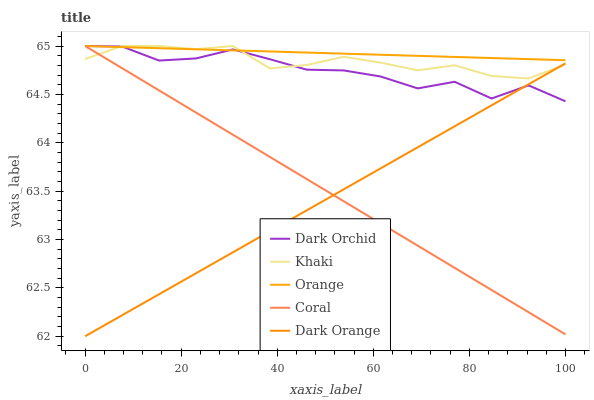
| xaxis_label | Dark Orchid | Khaki | Orange | Coral | Dark Orange |
 | --- | --- | --- | --- | --- | --- |
 | 0 | 65 | 64.9 | 65 | 65 | 62 |
 | 7.69 | 65 | 65 | 65 | 64.8 | 62.2 |
 | 15.4 | 64.8 | 65 | 65 | 64.5 | 62.4 |
 | 23.1 | 64.9 | 65 | 65 | 64.3 | 62.7 |
 | 30.8 | 65 | 65 | 65 | 64.1 | 62.9 |
 | 38.5 | 64.9 | 64.8 | 64.9 | 63.9 | 63.1 |
 | 46.2 | 64.8 | 64.8 | 64.9 | 63.6 | 63.3 |
 | 53.8 | 64.7 | 64.9 | 64.9 | 63.4 | 63.5 |
 | 61.5 | 64.7 | 64.8 | 64.9 | 63.2 | 63.7 |
 | 69.2 | 64.6 | 64.7 | 64.9 | 62.9 | 64 |
 | 76.9 | 64.6 | 64.8 | 64.9 | 62.7 | 64.2 |
 | 84.6 | 64.5 | 64.7 | 64.9 | 62.5 | 64.4 |
 | 92.3 | 64.6 | 64.7 | 64.9 | 62.2 | 64.6 |
 | 100 | 64.4 | 64.8 | 64.9 | 62 | 64.8 |